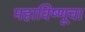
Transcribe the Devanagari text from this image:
महाविष्णूचा